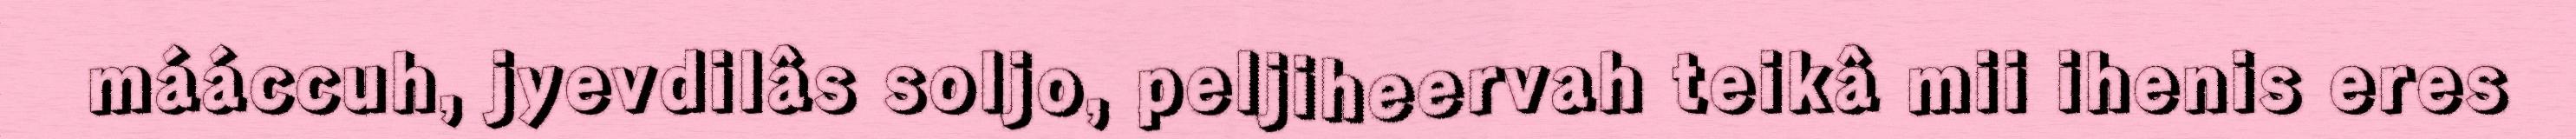
mááccuh, jyevdilâs soljo, peljiheervah teikâ mii ihenis eres